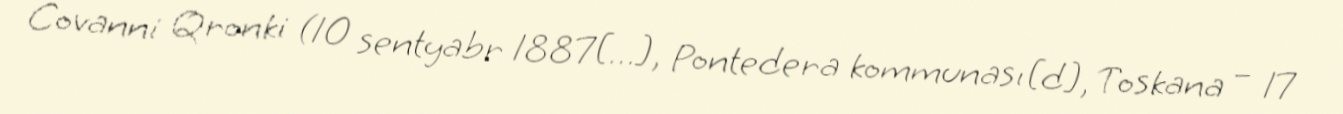
Covanni Qronki (10 sentyabr 1887[…], Pontedera kommunası[d], Toskana – 17